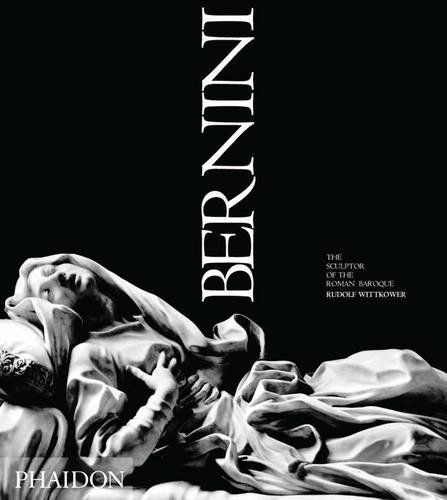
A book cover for Bernini: The Sculpture of the Roman Baroque; Rudolph Wittkower; Arts & Photography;